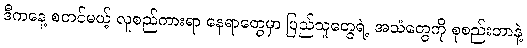
ဒီကနေ့ စတင်မယ့် လူစည်ကားရာ နေရာတွေမှာ ပြည်သူတွေရဲ့ အသံတွေကို စုစည်းတာနဲ့